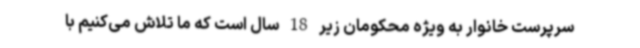
سرپرست خانوار به ویژه محکومان زیر 18 سال است که ما تلاش می‌کنیم با